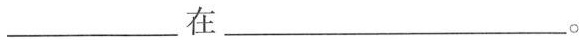
___在___。